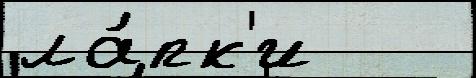
ла́пк'и